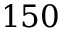
1 5 0